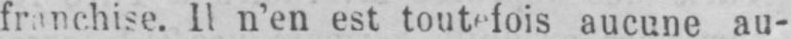
Il n’en est toutefois aucune au-